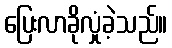
ပြေးလာခိုလှုံခဲ့သည်။